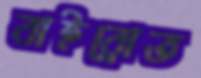
বাইরোত